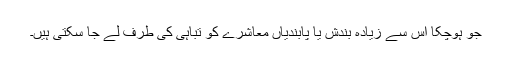
جو ہوچکا اس سے زیادہ بندش یا پابندیاں معاشرے کو تباہی کی طرف لے جا سکتی ہیں۔